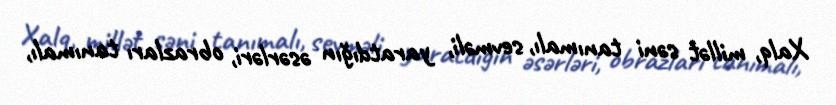
Xalq, millət səni tanımalı, sevməli, yaratdığın əsərləri, obrazları tanımalı,